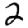
Digit: 2